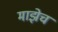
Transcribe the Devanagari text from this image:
माझेच